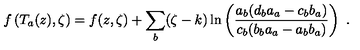
f \left( T _ { a } ( z ) , \zeta \right) = f ( z , \zeta ) + \sum _ { b } ( \zeta - k ) \ln \left( \frac { a _ { b } ( d _ { b } a _ { a } - c _ { b } b _ { a } ) } { c _ { b } ( b _ { b } a _ { a } - a _ { b } b _ { a } ) } \right) \ .